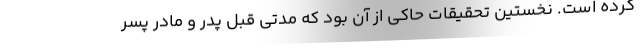
کرده است. نخستین تحقیقات حاکی از آن بود که مدتی قبل پدر و مادر پسر